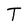
Character: T